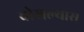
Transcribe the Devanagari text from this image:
चोखल्यास